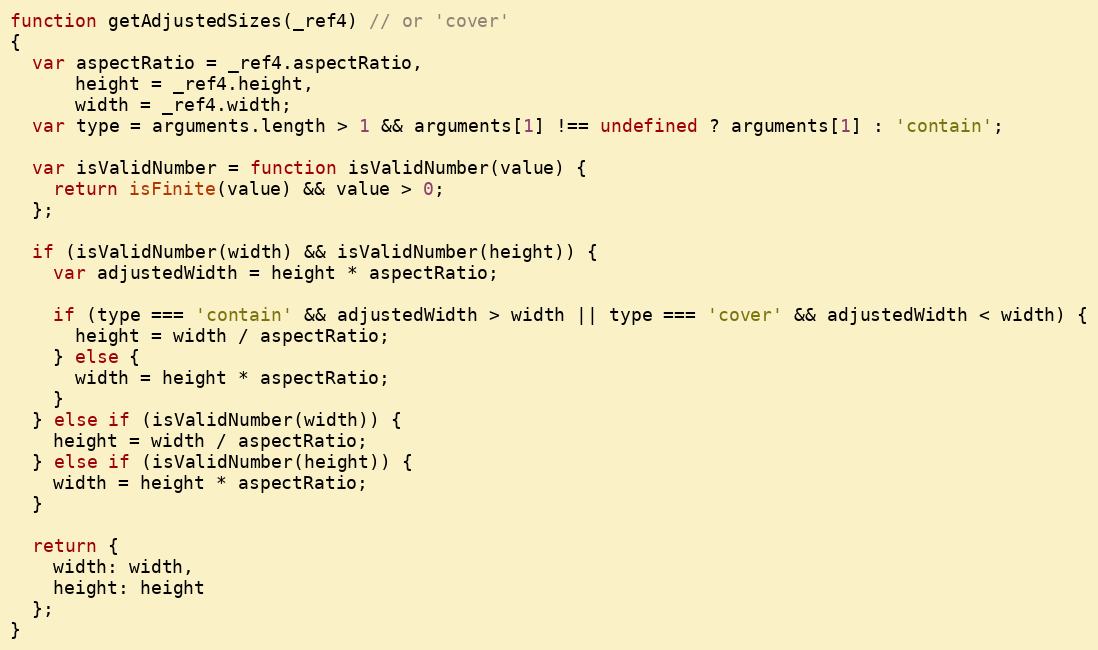
Language: JavaScript
function getAdjustedSizes(_ref4) // or 'cover'
{
  var aspectRatio = _ref4.aspectRatio,
      height = _ref4.height,
      width = _ref4.width;
  var type = arguments.length > 1 && arguments[1] !== undefined ? arguments[1] : 'contain';

  var isValidNumber = function isValidNumber(value) {
    return isFinite(value) && value > 0;
  };

  if (isValidNumber(width) && isValidNumber(height)) {
    var adjustedWidth = height * aspectRatio;

    if (type === 'contain' && adjustedWidth > width || type === 'cover' && adjustedWidth < width) {
      height = width / aspectRatio;
    } else {
      width = height * aspectRatio;
    }
  } else if (isValidNumber(width)) {
    height = width / aspectRatio;
  } else if (isValidNumber(height)) {
    width = height * aspectRatio;
  }

  return {
    width: width,
    height: height
  };
}